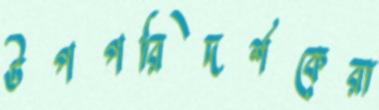
উপপরিদর্শকেরা